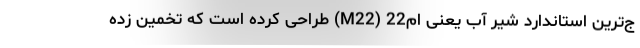
ج‌ترین استاندارد شیر آب یعنی ام22 (M22) طراحی کرده است که تخمین زده